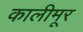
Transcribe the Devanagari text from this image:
कालीमूर